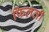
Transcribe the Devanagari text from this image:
फिलती